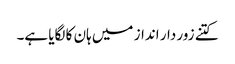
کتنے زور دار انداز میں ہان کا لگایا ہے۔